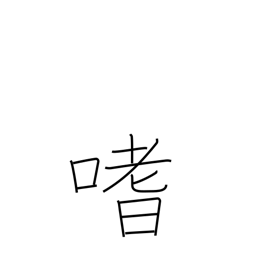
Meaning: like